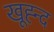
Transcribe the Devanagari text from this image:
खूह्न्द